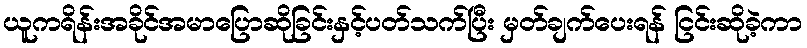
ယူကရိန်းအခိုင်အမာပြောဆိုခြင်းနှင့်ပတ်သက်ပြီး မှတ်ချက်ပေးရန် ငြင်းဆိုခဲ့ကာ